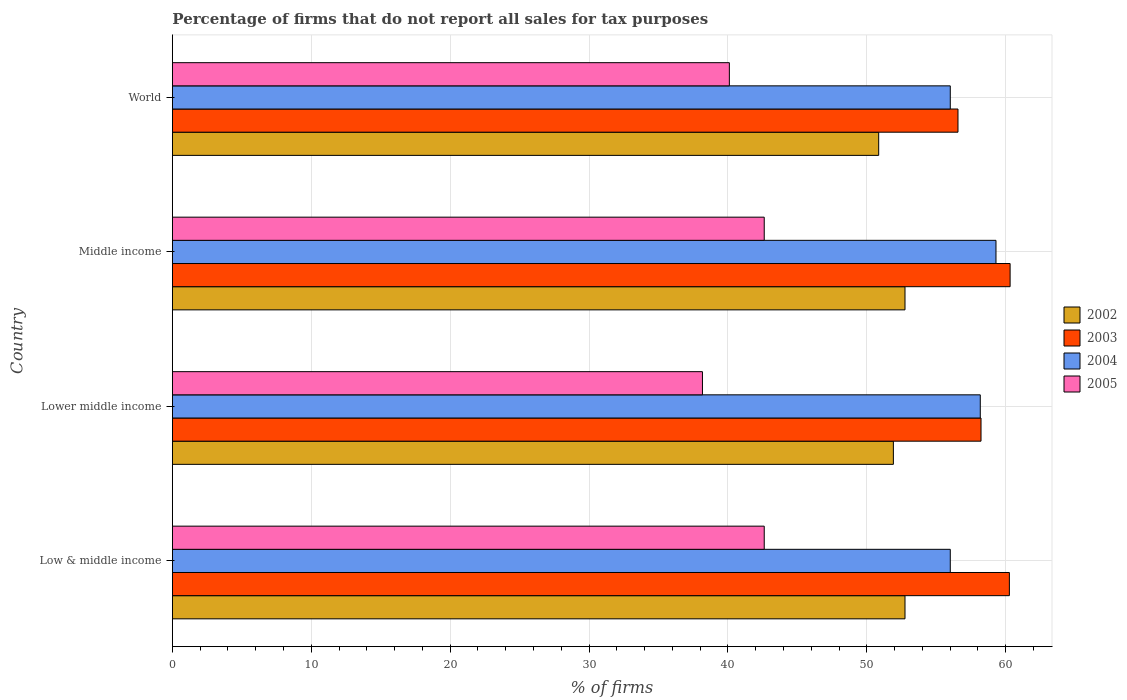
| Country | 2002 | 2003 | 2004 | 2005 |
 | --- | --- | --- | --- | --- |
 | Low & middle income | 52.7 | 60.3 | 56 | 42.6 |
 | Lower middle income | 51.9 | 58.2 | 58.2 | 38.2 |
 | Middle income | 52.7 | 60.3 | 59.3 | 42.6 |
 | World | 50.9 | 56.6 | 56 | 40.1 |